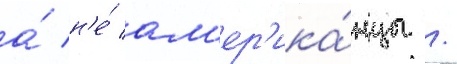
а́ н'е́ ам'ер'ика́нцы /